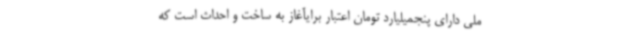
ملی دارای پنجمیلیارد تومان اعتبار برایآغاز به ساخت و احداث است که